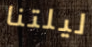
ليلتنا